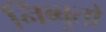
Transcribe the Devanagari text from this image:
निब्बुतो